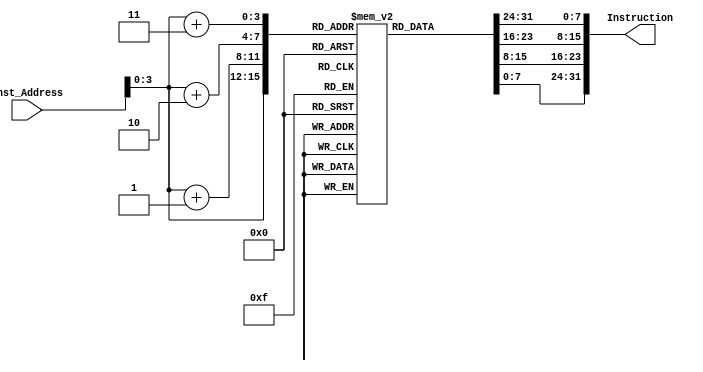
module Instruction_Memory
(
	input [63:0] Inst_Address,
	output reg [31:0] Instruction
);


	reg [7:0] Internal_Inst_Mem [15:0];
	initial
	begin
	Internal_Inst_Mem [0] = 8'b10010011;	
	Internal_Inst_Mem [1] = 8'b10000011;
	Internal_Inst_Mem [2] = 8'b10100110;
	Internal_Inst_Mem [3] = 8'b10101011;
	Internal_Inst_Mem [4] = 8'b11001100;
	Internal_Inst_Mem [5] = 8'b01010101;
	Internal_Inst_Mem [6] = 8'b10101001;
	Internal_Inst_Mem [7] = 8'b11100011;
	Internal_Inst_Mem [8] = 8'b00100110;
	Internal_Inst_Mem [9] = 8'b11111111;
	Internal_Inst_Mem [10] = 8'b11001101;
	Internal_Inst_Mem [11] = 8'b10000101;
	Internal_Inst_Mem [12] = 8'b00001111;
	Internal_Inst_Mem [13] = 8'b01000011;
	Internal_Inst_Mem [14] = 8'b11111110;
	Internal_Inst_Mem [15] = 8'b00000000;
	end
	
	always@(Inst_Address)
	begin
		Instruction[7:0] = Internal_Inst_Mem[Inst_Address];
		Instruction[15:8] = Internal_Inst_Mem[Inst_Address+1];
		Instruction[23:16] = Internal_Inst_Mem[Inst_Address+2];
		Instruction[31:24] = Internal_Inst_Mem[Inst_Address+3];
	end

endmodule